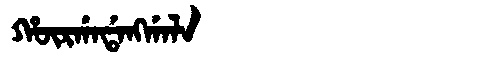
Manchu: ᡥᡡᡵᡤᠠᡩᠠᠩᡤᠠᠯᠠ
Romanization: HŪRGADANGGALA